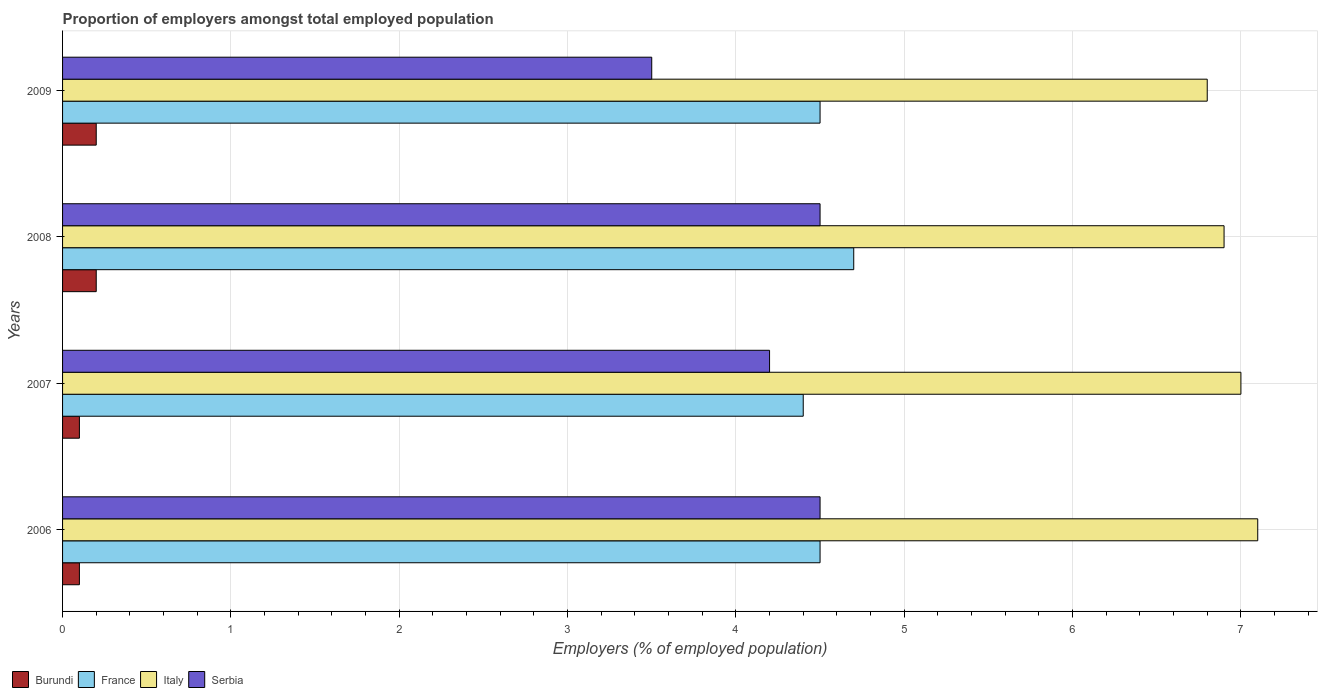
| Years | Burundi | France | Italy | Serbia |
 | --- | --- | --- | --- | --- |
 | 2006 | 0.1 | 4.5 | 7.1 | 4.5 |
 | 2007 | 0.1 | 4.4 | 7 | 4.2 |
 | 2008 | 0.2 | 4.7 | 6.9 | 4.5 |
 | 2009 | 0.2 | 4.5 | 6.8 | 3.5 |